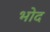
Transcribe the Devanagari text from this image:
भोद